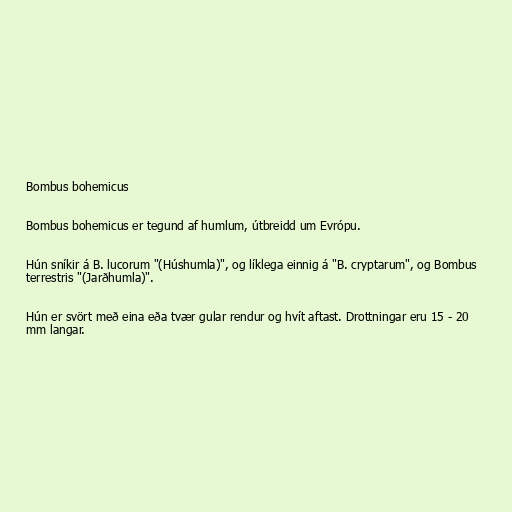
Bombus bohemicus

Bombus bohemicus er tegund af humlum, útbreidd um Evrópu.

Hún sníkir á B. lucorum "(Húshumla)", og líklega einnig á "B. cryptarum", og Bombus
terrestris "(Jarðhumla)".

Hún er svört með eina eða tvær gular rendur og hvít aftast. Drottningar eru 15 - 20
mm langar.